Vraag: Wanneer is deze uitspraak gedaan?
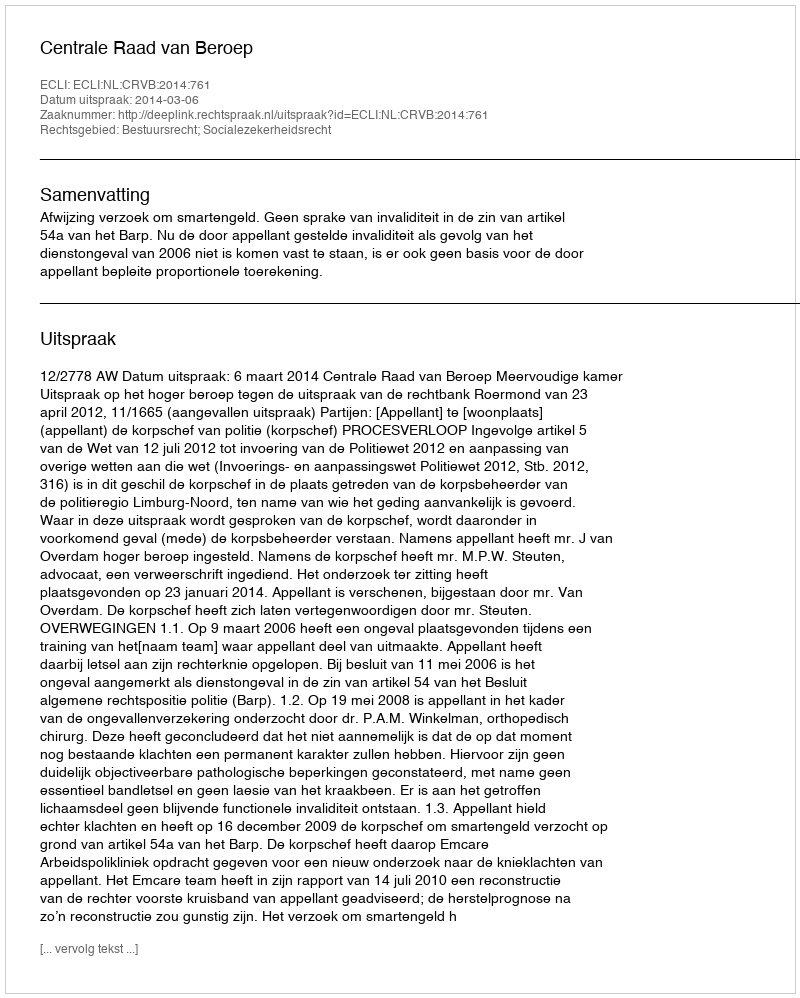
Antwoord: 2014-03-06